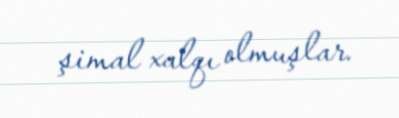
şimal xalqı olmuşlar.